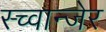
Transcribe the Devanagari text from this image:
स्च्वान्जेर